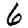
Digit: 6